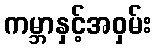
ကမ္ဘာနှင့်အဝှမ်း